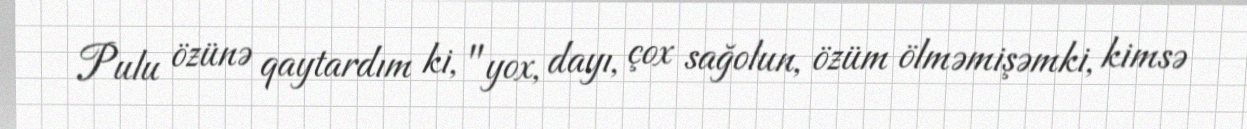
Pulu özünə qaytardım ki, "yox, dayı, çox sağolun, özüm ölməmişəmki, kimsə